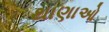
થાણાઓ